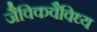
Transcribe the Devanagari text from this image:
जैविकवैविध्य